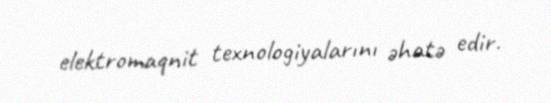
elektromaqnit texnologiyalarını əhatə edir.